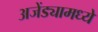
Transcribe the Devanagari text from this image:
अजेंड्यामध्ये